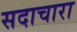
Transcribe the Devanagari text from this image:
सदाचारा